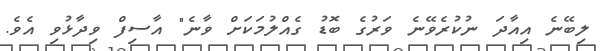
ލިބޭނެ އިއާދަ ނުކުރެވޭނެ ވަރުގެ ބޮޑު ގެއްލުމަކަށް ވާނެ" އާސިފް ވިދާޅުވި އެވެ.